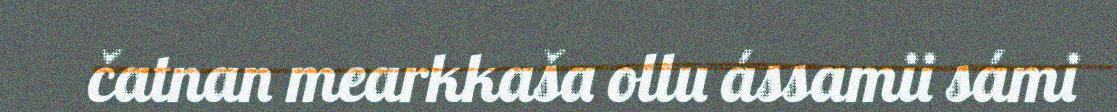
čatnan mearkkaša ollu ássamii sámi